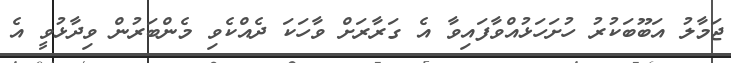
ޖަމާލު އަބޫބަކުރު ހުށަހަޅުއްވާފައިވާ އެ ގަރާރަށް ވާހަކަ ދެއްކެވި މެންބަރުން ވިދާޅުވީ އެ